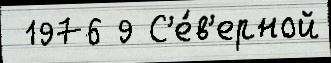
 1976 9 С'е́в'ерной